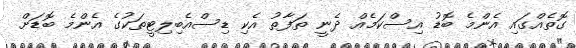
ގޮތެއްގައި އެންމެ ބޮޑު އިސްކަމެއް ދެނީ ތަފާތު އެކި ޑިސްއެބިލިޓީތަކުގެ އެންމެ ބޮޑަށް